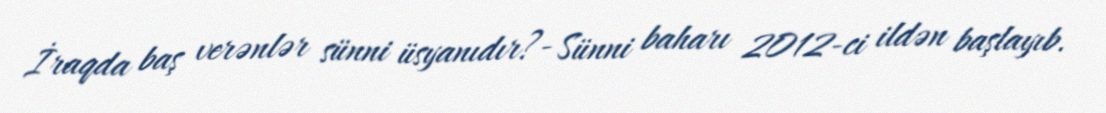
İraqda baş verənlər sünni üsyanıdır?- Sünni baharı 2012-ci ildən başlayıb.